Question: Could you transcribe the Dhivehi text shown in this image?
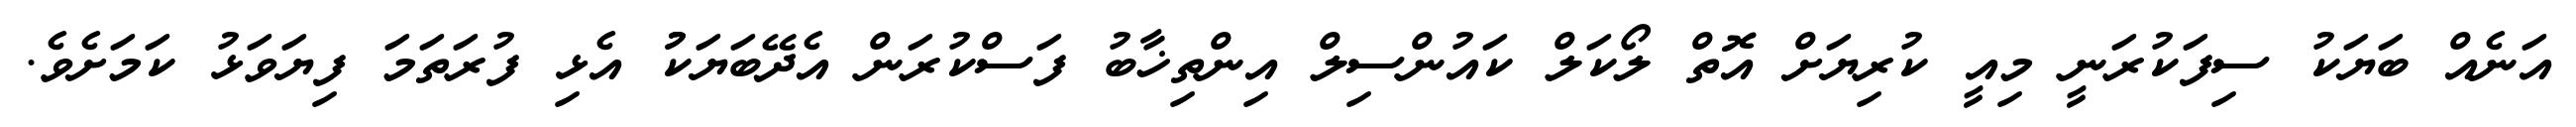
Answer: އަނެއް ބަޔަކު ސިފަކުރަނީ މިއީ ކުރިޔަށް އޮތް ލޯކަލް ކައުންސިލް އިންތިޚާބު ފަސްކުރަން އެދޭބަޔަކުު އެޅި ފުރަތަމަ ފިޔަވަޅު ކަމަށެވެ.